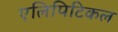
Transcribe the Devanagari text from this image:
एलिपिटिकल